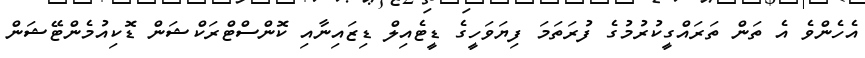
އެހެންވެ އެ ތަން ތަރައްގީކުރުމުގެ ފުރަތަމަ ފިޔަވަހީގެ ޑީޓެއިލް ޑިޒައިނާއި ކޮންސްޓްރަކްޝަން ޑޮކިއުމެންޓޭޝަން